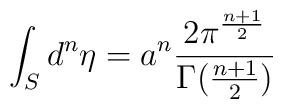
\int_{S}{d^n}{\eta} = a^n \frac{2\pi^{\frac{n+1}{2}}}{\Gamma(\frac{n+1}{2})}